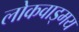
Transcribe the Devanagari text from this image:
लोकवाड्मय